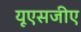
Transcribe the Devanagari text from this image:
यूएसजीए